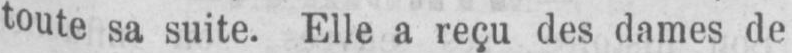
toute sa suite. Elle a reçu des dames de